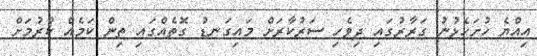
އިއްޔެ ހުށަހެޅުނު ގަރާރުގައި ދިވެހި ސަރުކާރަށް މައިގަނޑު ގޮތެއްގައި ތިން ކަމެއް ކުރުމަށް